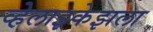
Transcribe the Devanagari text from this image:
व्हेलाझ्केझला